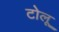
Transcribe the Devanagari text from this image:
टोलू